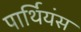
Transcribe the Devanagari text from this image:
पार्थियंस